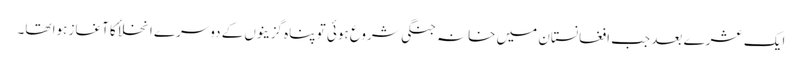
ایک عشرے بعد جب افغانستان میں خانہ جنگی شروع ہوئی تو پناہ گزینوں کے دوسرے انخلاٴ کا آغاز ہوا تھا۔